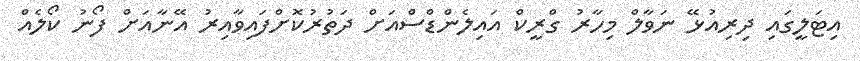
އިޓަލީގައި ދިރިއުޅޭ ނަވާލް މިހާރު ގްރީކް އައިލެންޑްސްއަށް ދަތުރުކޮށްފައިވާއިރު އޭނާއަށް ފޯނު ކޯލެއް